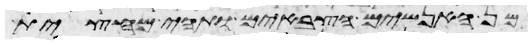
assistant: מן האנשים הצבאים ותהי מחצית